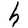
Character: h